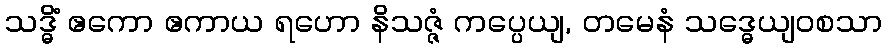
သဒ္ဓိံ ဧကော ဧကာယ ရဟော နိသဇ္ဇံ ကပ္ပေယျ, တမေနံ သဒ္ဓေယျဝစသာ